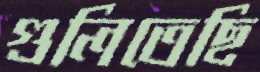
গুলিতেছি